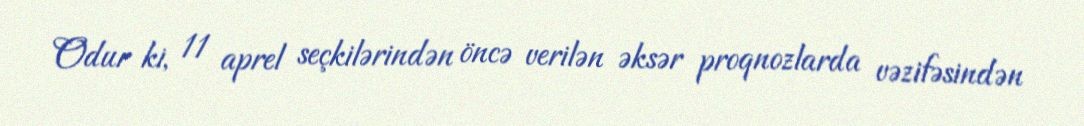
Odur ki, 11 aprel seçkilərindən öncə verilən əksər proqnozlarda vəzifəsindən